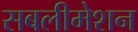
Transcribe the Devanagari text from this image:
सबलीमेशन